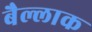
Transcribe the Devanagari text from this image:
बैल्लाक